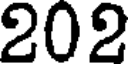
202